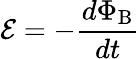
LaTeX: {\mathcal{E}}=-{\frac{d\Phi_{\mathrm{B}}}{dt}}